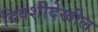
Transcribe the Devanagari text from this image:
दिवशीदेखील